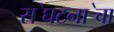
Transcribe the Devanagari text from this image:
स॓घटना॓चा